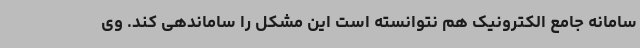
سامانه جامع الکترونیک هم نتوانسته است این مشکل را ساماندهی کند. وی